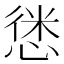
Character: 𢝱